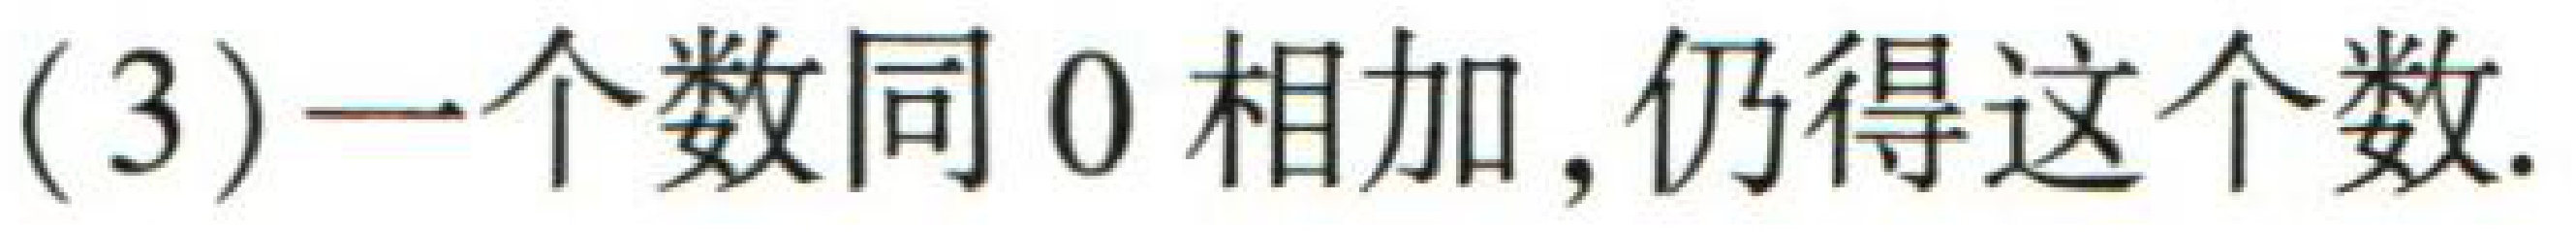
(3)一个数同\(0\)相加, 仍得这个数.